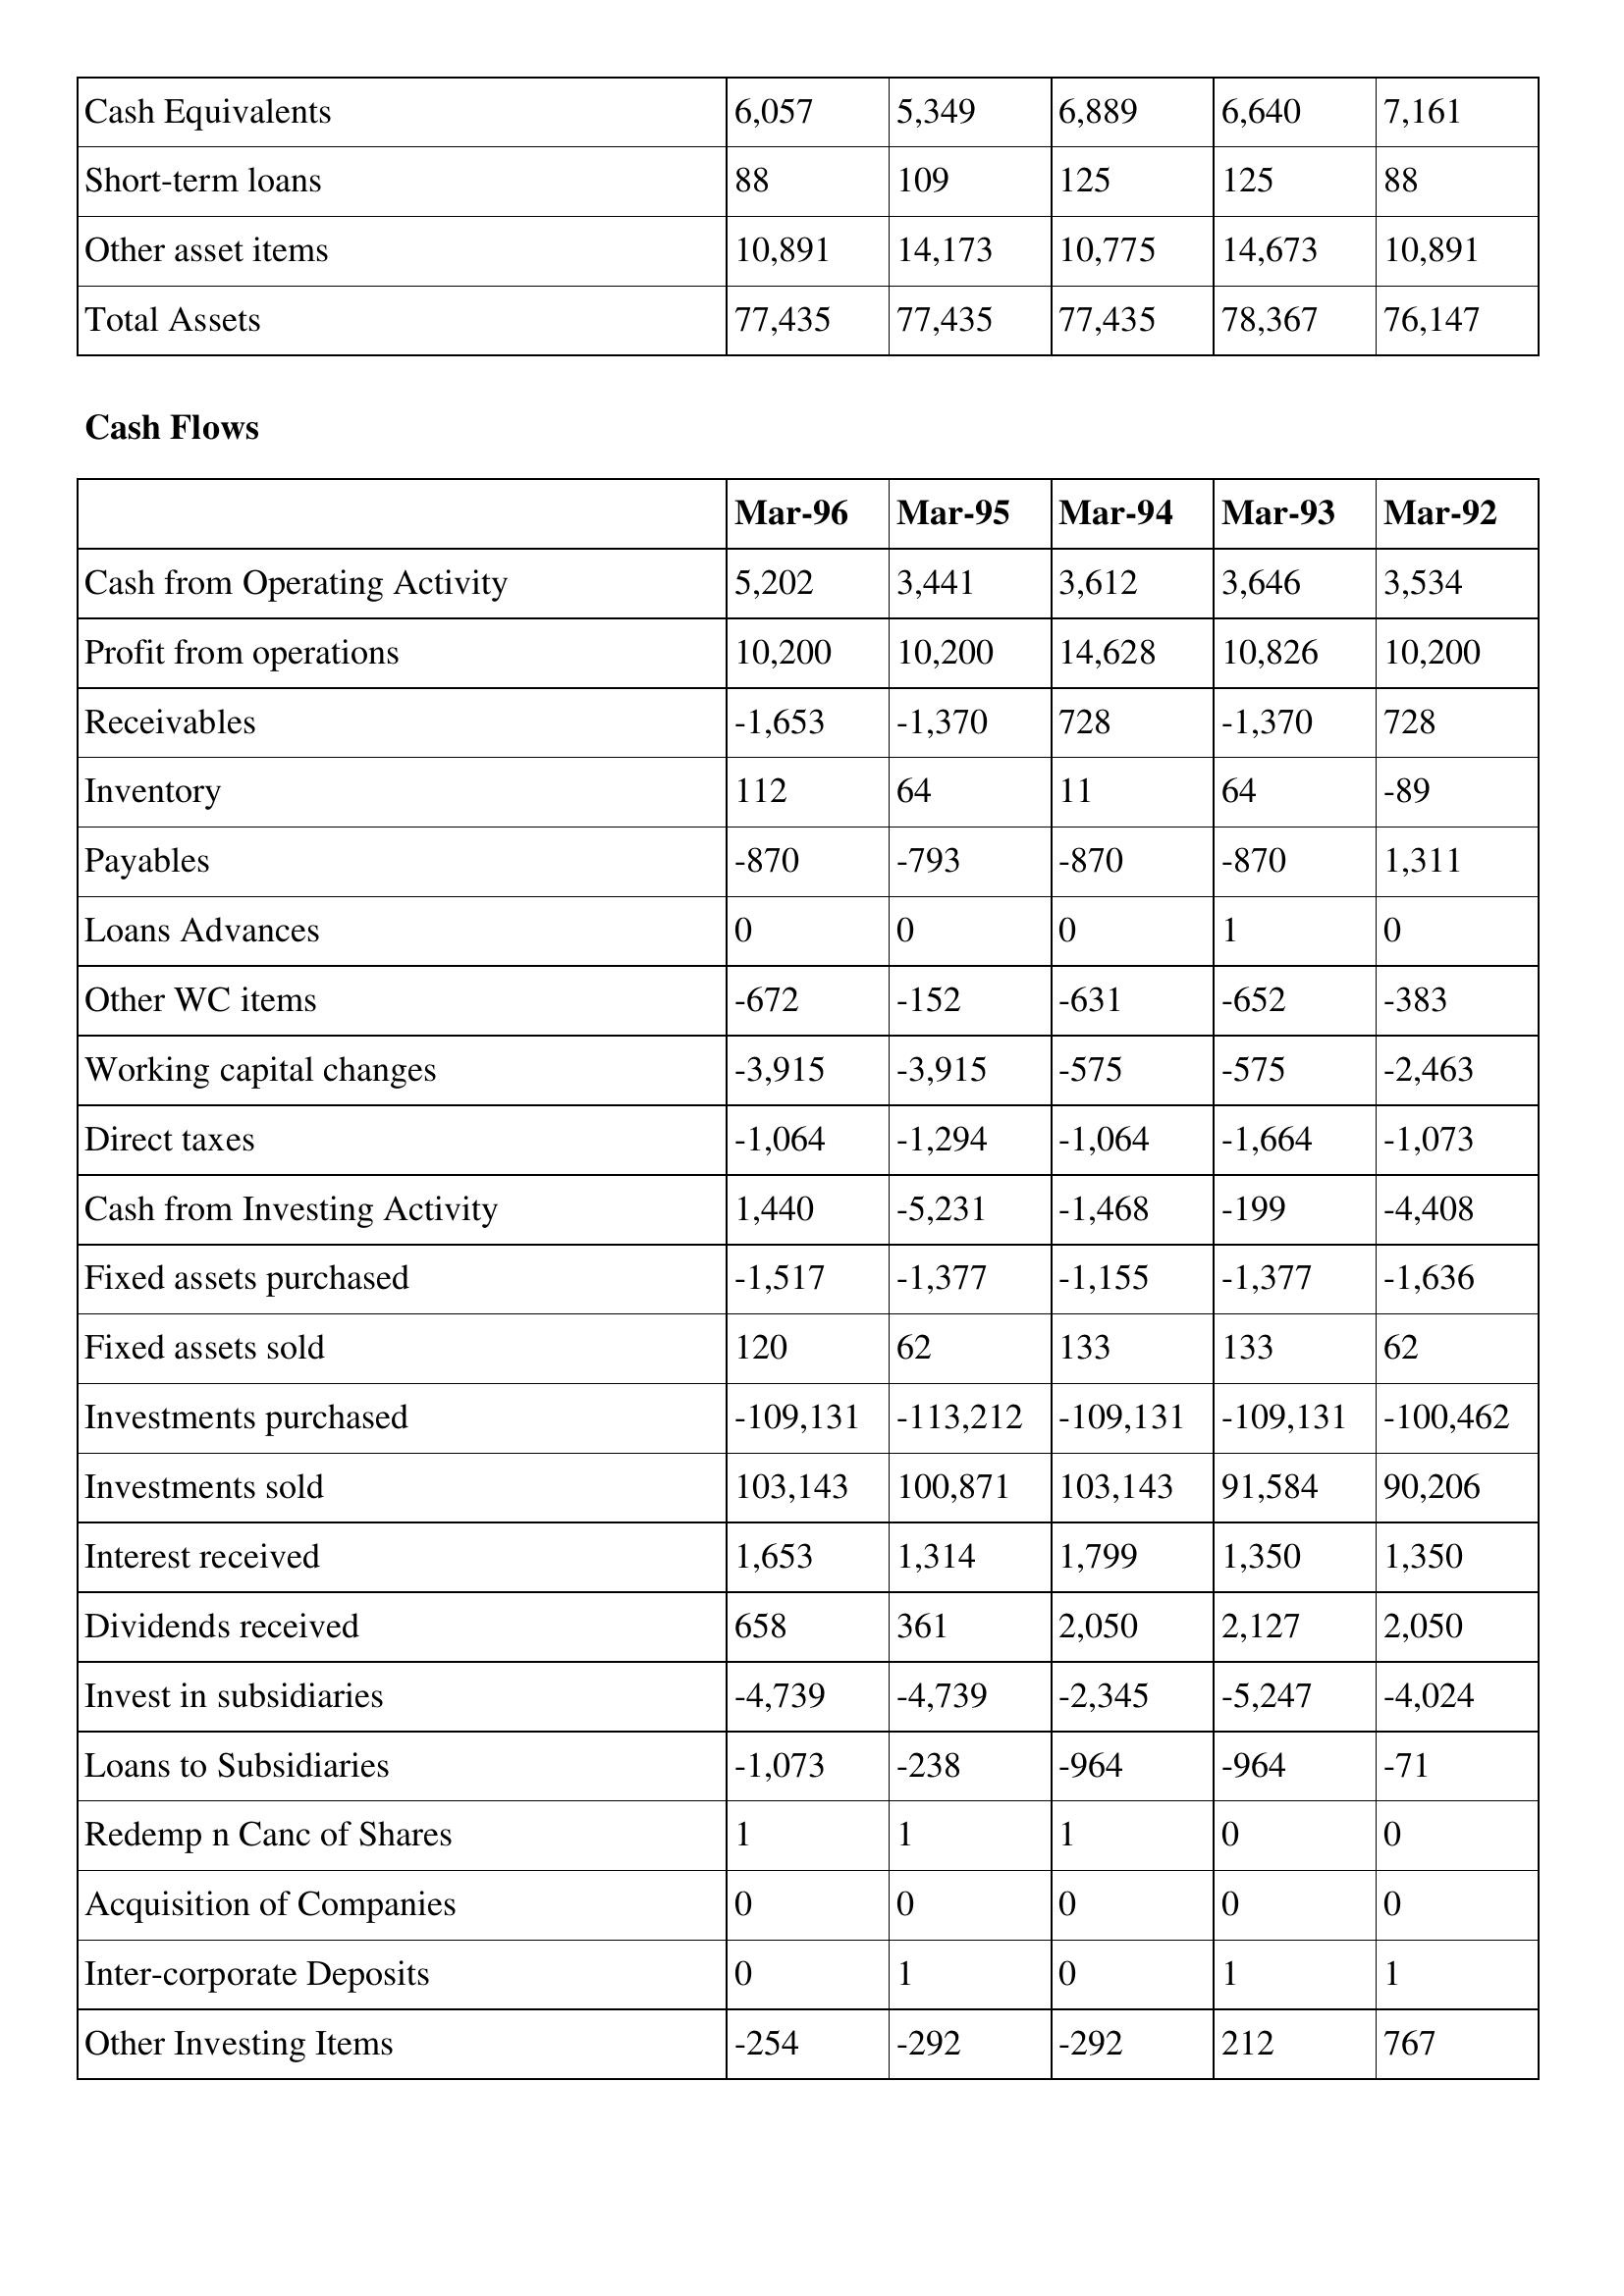
gt_parse: Mar-96: Balance Sheet: Cash Equivalents: 6,057
Short-term loans: 88
Other asset items: 10,891
Total Assets: 77,435
Cash Flows: Cash from Operating Activity: 5,202
Profit from operations: 10,200
Receivables: -1,653
Inventory: 112
Payables: -870
Loans Advances: 0
Other WC items: -672
Working capital changes: -3,915
Direct taxes: -1,064
Cash from Investing Activity: 1,440
Fixed assets purchased: -1,517
Fixed assets sold: 120
Investments purchased: -109,131
Investments sold: 103,143
Interest received: 1,653
Dividends received: 658
Invest in subsidiaries: -4,739
Loans to Subsidiaries: -1,073
Redemp n Canc of Shares: 1
Acquisition of Companies: 0
Inter-corporate Deposits: 0
Other Investing Items: -254
Mar-95: Balance Sheet: Cash Equivalents: 5,349
Short-term loans: 109
Other asset items: 14,173
Total Assets: 77,435
Cash Flows: Cash from Operating Activity: 3,441
Profit from operations: 10,200
Receivables: -1,370
Inventory: 64
Payables: -793
Loans Advances: 0
Other WC items: -152
Working capital changes: -3,915
Direct taxes: -1,294
Cash from Investing Activity: -5,231
Fixed assets purchased: -1,377
Fixed assets sold: 62
Investments purchased: -113,212
Investments sold: 100,871
Interest received: 1,314
Dividends received: 361
Invest in subsidiaries: -4,739
Loans to Subsidiaries: -238
Redemp n Canc of Shares: 1
Acquisition of Companies: 0
Inter-corporate Deposits: 1
Other Investing Items: -292
Mar-94: Balance Sheet: Cash Equivalents: 6,889
Short-term loans: 125
Other asset items: 10,775
Total Assets: 77,435
Cash Flows: Cash from Operating Activity: 3,612
Profit from operations: 14,628
Receivables: 728
Inventory: 11
Payables: -870
Loans Advances: 0
Other WC items: -631
Working capital changes: -575
Direct taxes: -1,064
Cash from Investing Activity: -1,468
Fixed assets purchased: -1,155
Fixed assets sold: 133
Investments purchased: -109,131
Investments sold: 103,143
Interest received: 1,799
Dividends received: 2,050
Invest in subsidiaries: -2,345
Loans to Subsidiaries: -964
Redemp n Canc of Shares: 1
Acquisition of Companies: 0
Inter-corporate Deposits: 0
Other Investing Items: -292
Mar-93: Balance Sheet: Cash Equivalents: 6,640
Short-term loans: 125
Other asset items: 14,673
Total Assets: 78,367
Cash Flows: Cash from Operating Activity: 3,646
Profit from operations: 10,826
Receivables: -1,370
Inventory: 64
Payables: -870
Loans Advances: 1
Other WC items: -652
Working capital changes: -575
Direct taxes: -1,664
Cash from Investing Activity: -199
Fixed assets purchased: -1,377
Fixed assets sold: 133
Investments purchased: -109,131
Investments sold: 91,584
Interest received: 1,350
Dividends received: 2,127
Invest in subsidiaries: -5,247
Loans to Subsidiaries: -964
Redemp n Canc of Shares: 0
Acquisition of Companies: 0
Inter-corporate Deposits: 1
Other Investing Items: 212
Mar-92: Balance Sheet: Cash Equivalents: 7,161
Short-term loans: 88
Other asset items: 10,891
Total Assets: 76,147
Cash Flows: Cash from Operating Activity: 3,534
Profit from operations: 10,200
Receivables: 728
Inventory: -89
Payables: 1,311
Loans Advances: 0
Other WC items: -383
Working capital changes: -2,463
Direct taxes: -1,073
Cash from Investing Activity: -4,408
Fixed assets purchased: -1,636
Fixed assets sold: 62
Investments purchased: -100,462
Investments sold: 90,206
Interest received: 1,350
Dividends received: 2,050
Invest in subsidiaries: -4,024
Loans to Subsidiaries: -71
Redemp n Canc of Shares: 0
Acquisition of Companies: 0
Inter-corporate Deposits: 1
Other Investing Items: 767